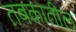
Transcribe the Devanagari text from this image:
तबकातील